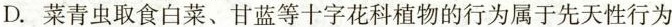
D.菜青虫取食白菜、甘蓝等十字花科植物的行为属于先天性行为